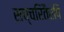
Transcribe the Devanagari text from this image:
सच्चरितैरपि